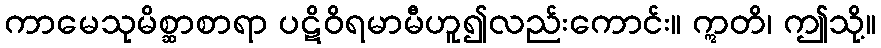
ကာမေသုမိစ္ဆာစာရာ ပဋိဝိရမာမီဟူ၍လည်းကောင်း။ ဣတိ၊ ဤသို့။